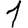
Digit: 1